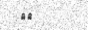
٦٨